Subject: cs
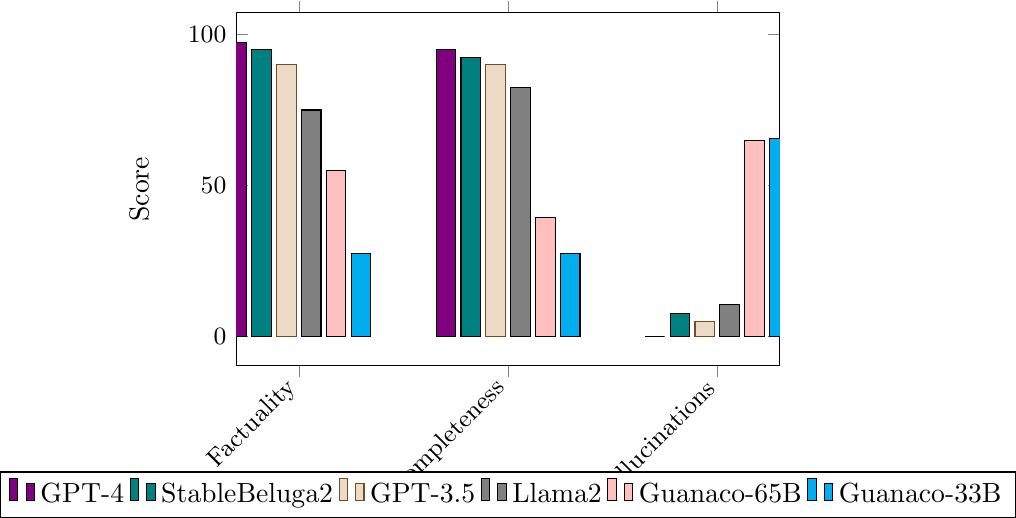
LaTeX code:
\begin{tikzpicture}
\begin{axis}[
    width=0.7\linewidth,
    height=0.5\linewidth,
    ybar,
    bar width=7pt,
    enlarge x limits=0.15,
    legend style={at={(0.5,-0.3)}, anchor=north, legend columns=-1}, % Adjusted y-coordinate
    ylabel={Score},
    symbolic x coords={Factuality, Completeness, Hallucinations},
    xtick=data,
    nodes near coords align={vertical},
    x tick label style={rotate=45, anchor=east, font=\small},
    y tick label style={font=\small},
]
\addplot[fill=violet] coordinates {(Factuality,97.5) (Completeness,95) (Hallucinations,0)};
\addplot[fill=teal] coordinates {(Factuality,95) (Completeness,92.5) (Hallucinations,7.5)};
\addplot coordinates {(Factuality,90) (Completeness,90) (Hallucinations,5)};
\addplot coordinates {(Factuality,75) (Completeness,82.5) (Hallucinations,10.5)};
\addplot[fill=pink] coordinates {(Factuality,55) (Completeness,39.5) (Hallucinations,65)};
\addplot[fill=cyan] coordinates {(Factuality,27.5) (Completeness,27.5) (Hallucinations,65.6)};
\legend{GPT-4, StableBeluga2, GPT-3.5, Llama2, Guanaco-65B, Guanaco-33B}
\end{axis}
\end{tikzpicture}